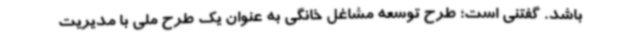
باشد. گفتنی است؛ طرح توسعه مشاغل خانگی به عنوان یک طرح ملی با مدیریت